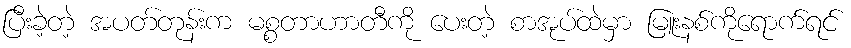
ပြီးခဲ့တဲ့ အပတ်တုန်းက မစ္စတာဟာတီကို ပေးတဲ့ စာအုပ်ထဲမှာ မြူးနစ်ကိုရောက်ရင်